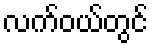
လက်ဝယ်တွင်